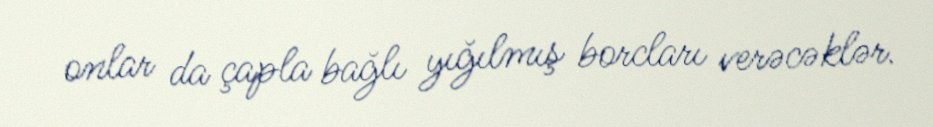
onlar da çapla bağlı yığılmış borcları verəcəklər.